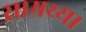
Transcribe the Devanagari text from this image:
सामथ्र्य।